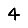
Digit: 4